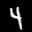
Label: 4